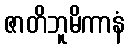
ဇာတိဘူမိကာနံ